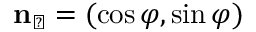
{ \bf n } _ { \perp } = ( \cos \varphi , \sin \varphi )